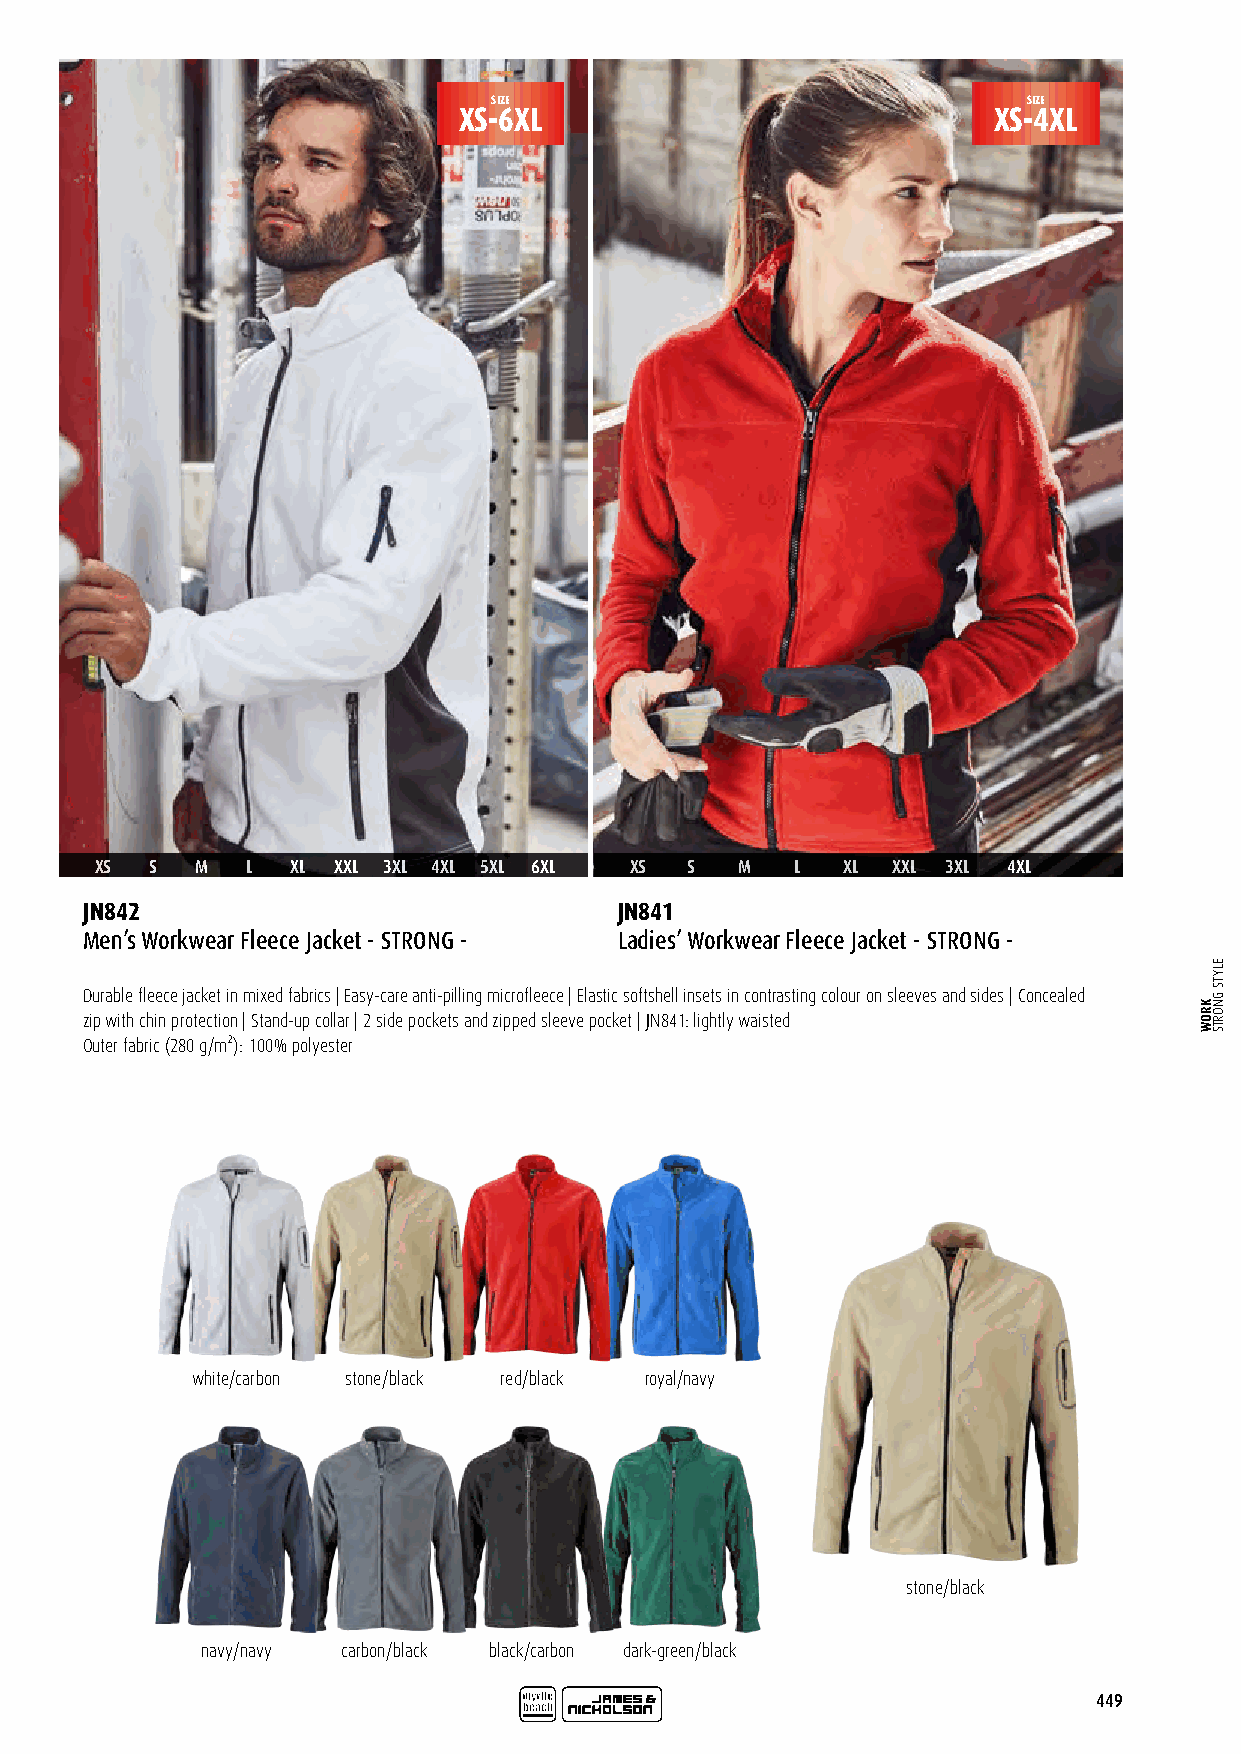
SIZE                               SIZE
 XS-6XL                              XS-4XL
 XS  S  M  L  XL XXL 3XL 4XL 5XL 6XL XS S   M   L  XL XXL 3XL 4XL
 JN842                               JN841
 Men’s Workwear Fleece Jacket - STRONG - Ladies’ Workwear Fleece Jacket - STRONG -
 Durable fleece jacket in mixed fabrics | Easy-care anti-pilling microfleece | Elastic softshell insets in contrasting colour on sleeves and sides | Concealed
 zip with chin protection | Stand-up collar | 2 side pockets and zipped sleeve pocket | JN841: lightly waisted
 Outer fabric (280 g/m²): 100% polyester
 white/carbon stone/black red/black royal/navy
 stone/black
 navy/navy carbon/black black/carbon dark-green/black
 449
 KROW
 ELYTS
 GNORTS